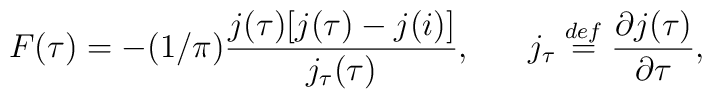
F(\tau)= -(1/\pi)\frac{j(\tau) [j(\tau) -j(i)]}{j_{\tau}(\tau)},\;\;\;\;\;\;j_{\tau }\stackrel{def}{=}\frac{\partial j(\tau)}{\partial \tau},